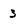
Character: 3